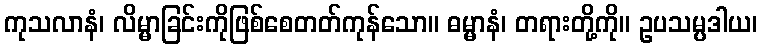
ကုသလာနံ၊ လိမ္မာခြင်းကိုဖြစ်စေတတ်ကုန်သော။ ဓမ္မာနံ၊ တရားတို့ကို။ ဥပသမ္ပဒါယ၊